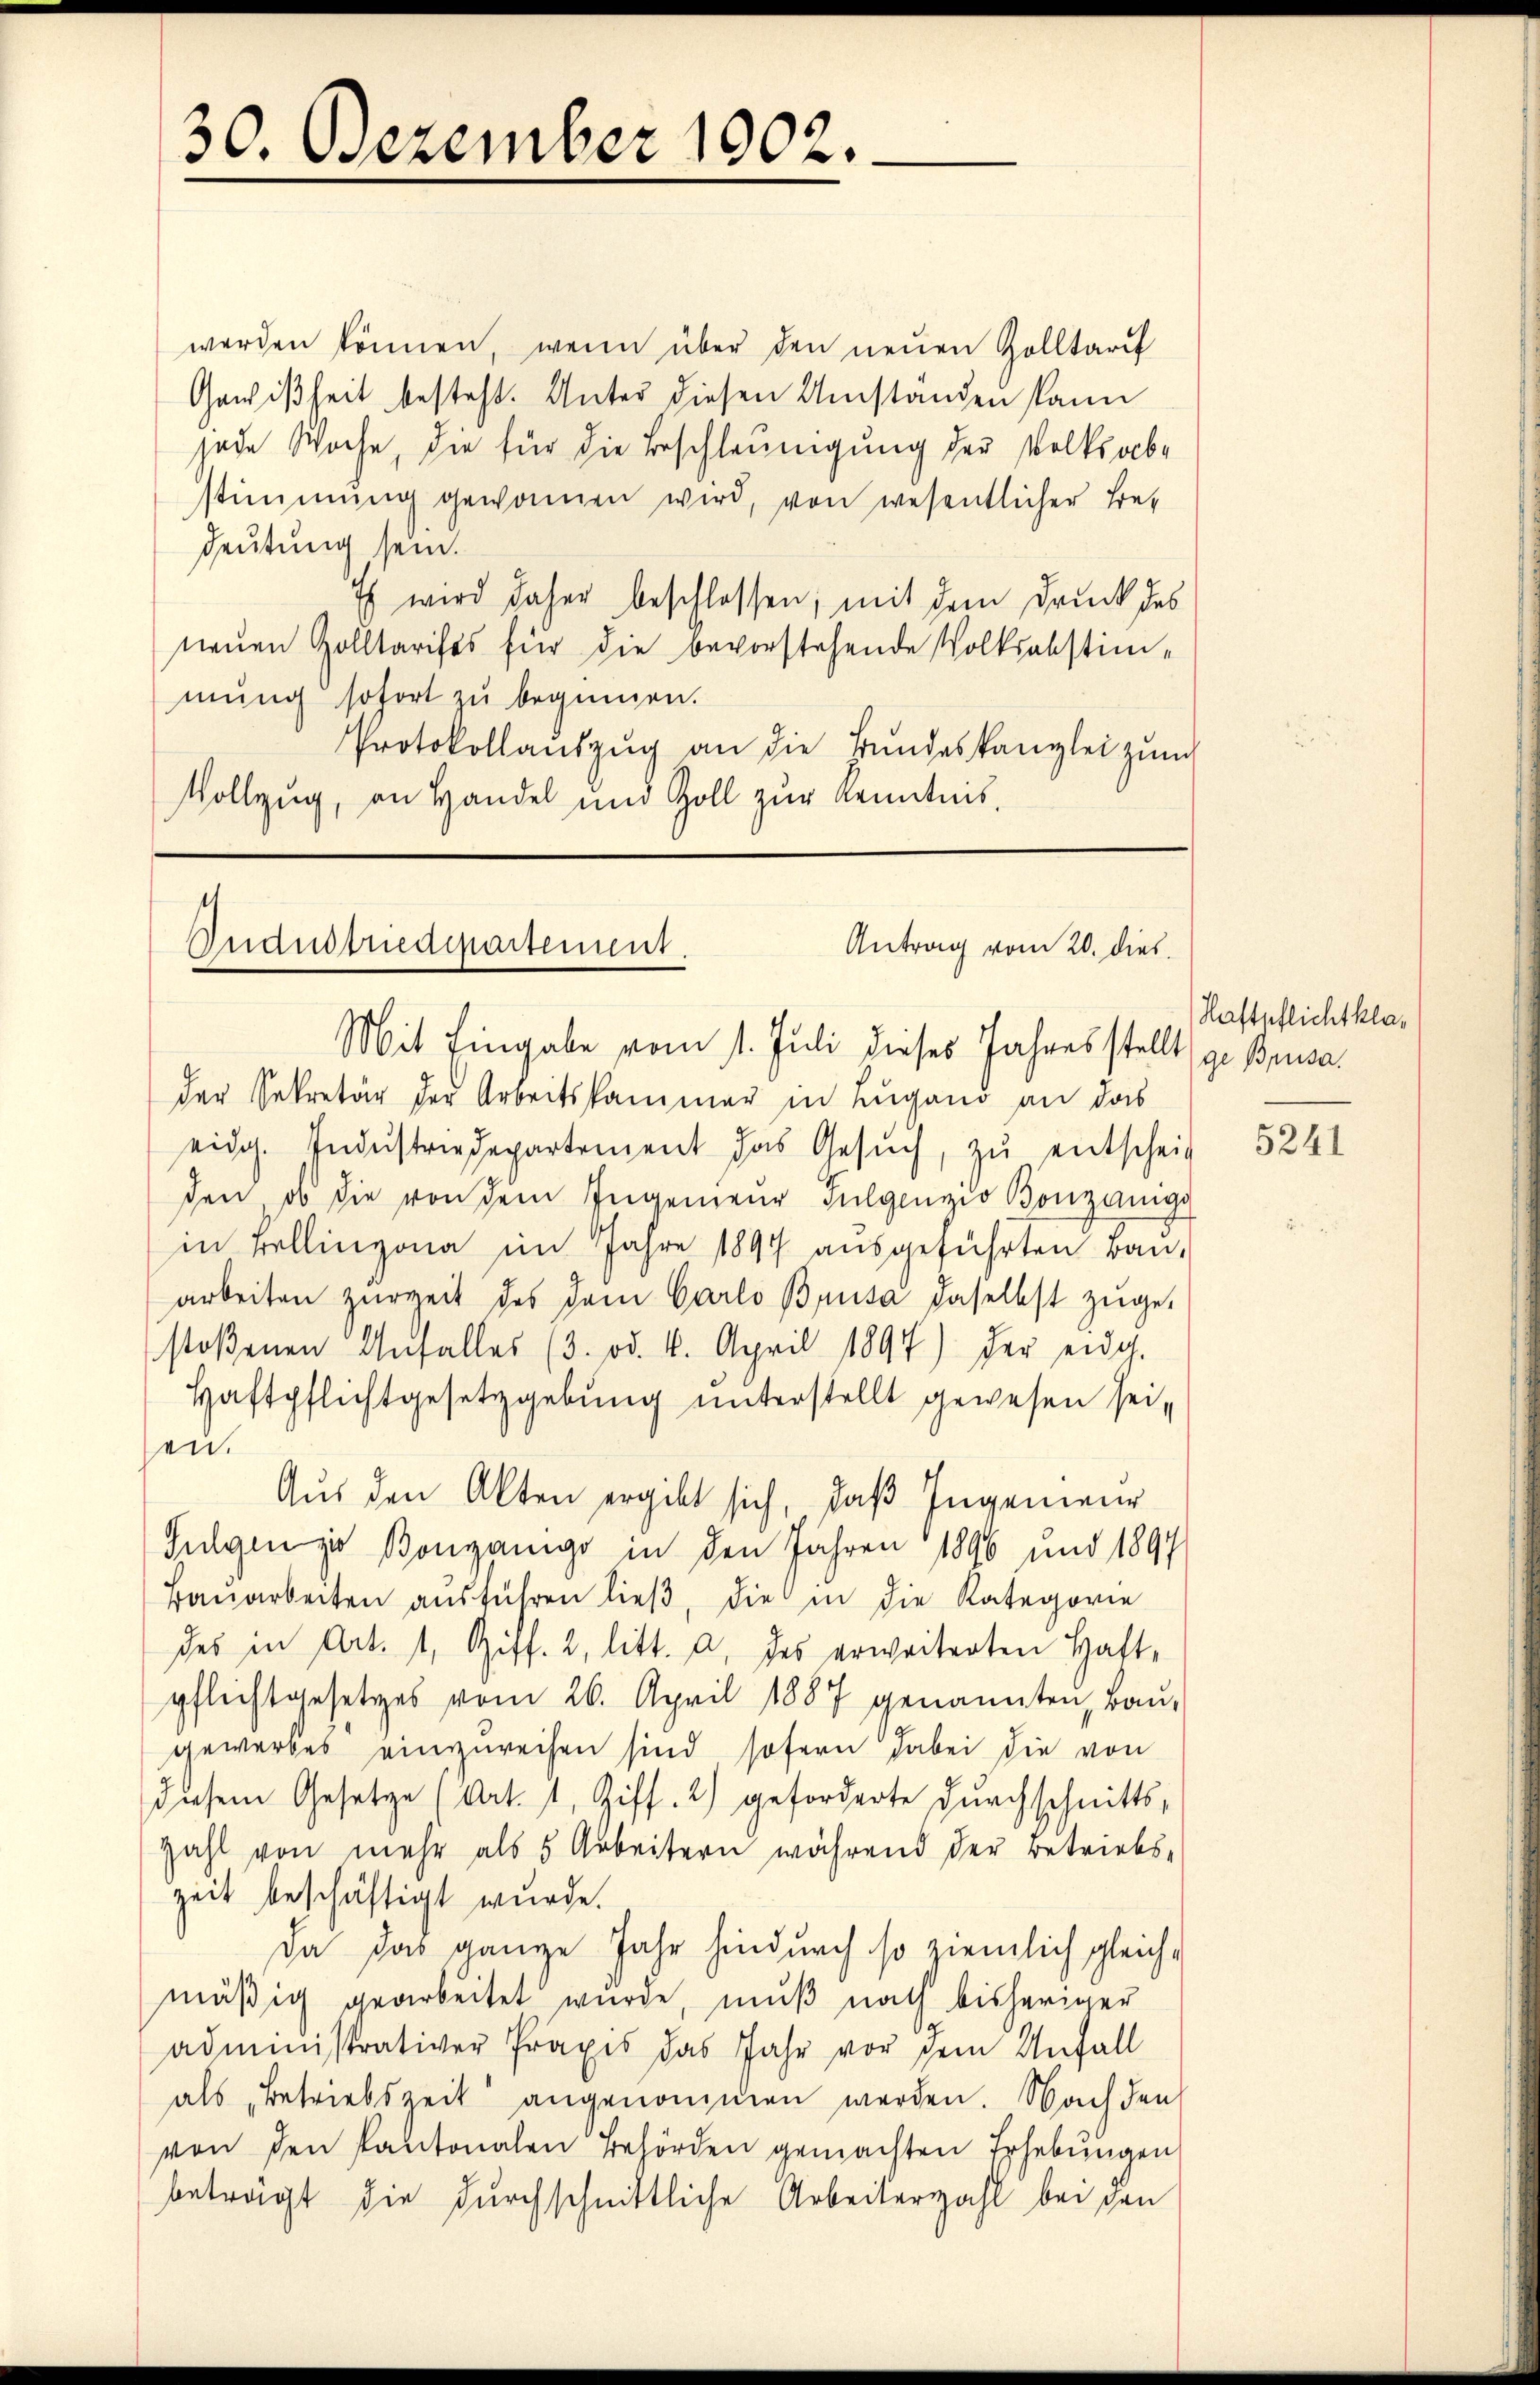
werden können, wenn über den neuen Zolltarif
Gewißheit besteht. Unter diesen Umstanden kann
jede Woche, die für die Beschleunigung der Volksabstimmung gewonnen wird, von wesentlicher Be-
deutung sein.
Es wird daher beschlossen; mit dem Druck des
neuen Zolltarifes für die bevorstehende Volksabstimmung sofort zu beginnen.
Protokollaŭszŭg an die Bŭndeskanzlei zum
Vollzug, an Handel und Zoll zŭr Kenntnis,

30. Dezember 1902.

Industriedipartement.
Antrag vom 20. dies
Mit Eingabe vom 1. Juli dieses Jahres stellt (ge Beusader Sekretär der Arbeitskammer in Lugano an das

eidg. Indŭstriedepartement das Gesŭch, zŭ entscheit
den, ob die von dem Ingenieur Sulgenzio Bonzanige
in Bellinzona im Jahre 1899 aŭsgeführten Bau-
arbeiten zurzeit des dem Carlo Brusa daselbst zuge-
stoßenen Unfall(...)(3. od. 6. April 1891) der eidg.
Haftpflichtgesetzgebung unterstellt gewesen sei,
sen.
Aus den Akten ergibt sich, daß Ingenieur
Sulgen zu Bongangs in den Jahren 1896 und 1891
Bauarbeiten aŭsführen ließ, die in die Kategorie
des in Art. 1, Ziff. 2, litt. a, des erweiterten Haft-
pflichtgesetzes vom 26. April 1887 genannten, Bau-
gewerbes einzureisen sind sofern dabei die von
diesem Gesetze (Art. 1, Ziff. 2) geforderte durchschnitts-
Zahl von mehr als 5 Arbeitern während der Betriebs-
zeit beschäftigt wurde.
Da das ganze Jahr hindurch so ziemlich gleich-
mäβig gearbeitet wurde, muß nach bisheriger
administrativer Praxis das Jahr vor dem Anfall
als „Betriebszeit angenommen werden. Nach den
von den Kantonalen Behörden gemachten Erhebungen
betragt die durchschnittliche Arbeiterzahl bei den

Haftpflichtkla¬

5241